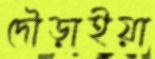
দৌড়াইয়া